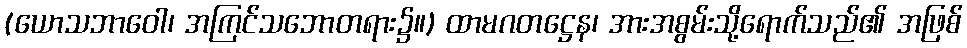
(ယောသဘာဝေါ၊ အကြင်သဘောတရား၌။) ထာမဂတဋ္ဌေန၊ အားအစွမ်းသို့ရောက်သည်၏ အဖြစ်